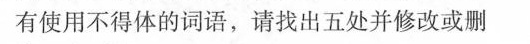
有使用不得体的词语，请找出五处并修改或删